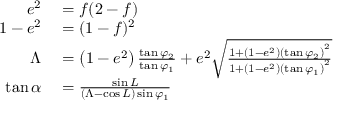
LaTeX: \begin{array} { r l } { e ^ { 2 } } & { { } = f ( 2 - f ) } \\ { 1 - e ^ { 2 } } & { { } = ( 1 - f ) ^ { 2 } } \\ { \Lambda } & { { } = \left( 1 - e ^ { 2 } \right) { \frac { \tan \varphi _ { 2 } } { \tan \varphi _ { 1 } } } + e ^ { 2 } { \sqrt { \frac { 1 + \left( 1 - e ^ { 2 } \right) \left( \tan \varphi _ { 2 } \right) ^ { 2 } } { 1 + \left( 1 - e ^ { 2 } \right) \left( \tan \varphi _ { 1 } \right) ^ { 2 } } } } } \\ { \tan \alpha } & { { } = { \frac { \sin L } { ( \Lambda - \cos L ) \sin \varphi _ { 1 } } } } \end{array}